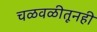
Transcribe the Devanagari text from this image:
चळवळीतूनही